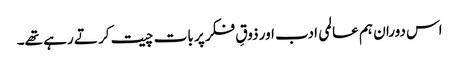
اس دوران ہم عالمی ادب اور ذوقِ فکر پر بات چیت کر تے رہے تھے۔